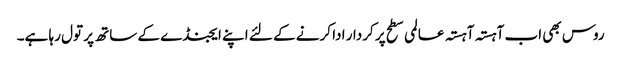
روس بھی اب آہستہ آہستہ عالمی سطح پر کردار ادا کرنے کے لئے اپنے ایجنڈے کے ساتھ پر تول رہا ہے۔